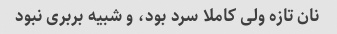
نان تازه ولی کاملا سرد بود، و شبیه بربری نبود